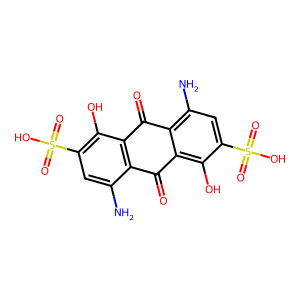
SMILES: Nc1cc(S(=O)(=O)O)c(O)c2c1C(=O)c1c(O)c(S(=O)(=O)O)cc(N)c1C2=O
Inhibits HIV replication: No